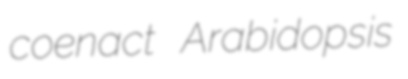
coenact Arabidopsis